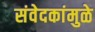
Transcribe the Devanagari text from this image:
संवेदकांमुळे